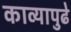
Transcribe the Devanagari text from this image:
काव्यापुढे